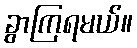
ခွာကြရမယ်။